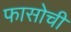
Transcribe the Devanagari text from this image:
फासोची